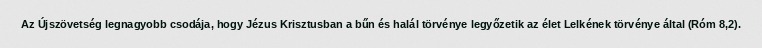
Az Újszövetség legnagyobb csodája, hogy Jézus Krisztusban a bűn és halál törvénye legyőzetik az élet Lelkének törvénye által (Róm 8,2).